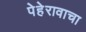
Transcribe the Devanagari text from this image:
पेहेरावाचा